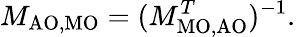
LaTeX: M_{\mathrm{{AO,MO}}}=(M_{\mathrm{{MO,AO}}}^{T})^{-1}.